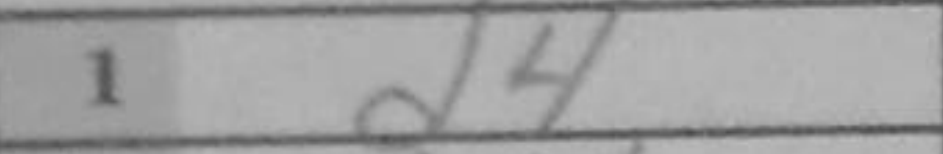
Transcription: d4